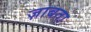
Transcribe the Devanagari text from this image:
ज़ाबता